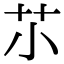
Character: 䒕